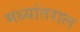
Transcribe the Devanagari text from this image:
मध्यांतराल